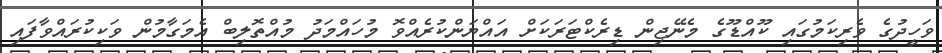
ވަހީދުގެ ވެރިކަމުގައި ކޫއްޑޫގެ މެނޭޖިން ޑިރެކްޓަރަކަށް އައްޔަންކުރެއްވޮ މުހައްމަދު މުއްތޮލިބް އެމަގާމުން ވަކިކުރައްވާފައި